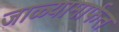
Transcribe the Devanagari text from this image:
जाळ्यामार्फत